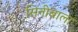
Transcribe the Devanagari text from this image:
सिनीबाला